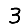
Digit: 3